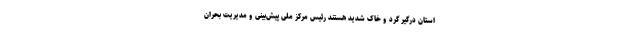
استان درگیر گرد و خاک شدید هستند رئیس مرکز ملی پیش‌بینی و مدیریت بحران